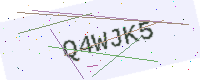
Text: Q4WJK5